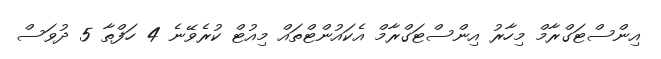
އިންސްޓަގްރާމް މިހާރު އިންސްޓަގްރާމް އެކައުންޓްތައް މިއުޓް ކުރެވޭނެ 4 ހަފްތާ 5 ދުވަސް